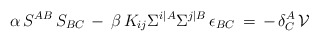
\begin{align*}\alpha \, S^{AB} \, S_{BC} \, - \, \beta \, K_{ij} \Sigma^{i\vert A} \Sigma^{j \vert B} \, \epsilon_{BC} \, = \, - \,\delta^A_C \, \mathcal{V}\end{align*}